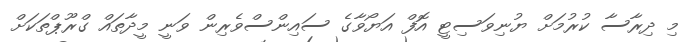
މި ދިރާސާ ކުރުމަށް ޔުނިވަސިޓީ އޮފް އަޔޯވާގެ ސައިންސްވެރިން ވަނީ މީދާތައްް ގްރޫޕްތަކަށް